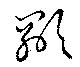
顕